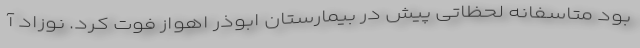
بود متاسفانه لحظاتی پیش در بیمارستان ابوذر اهواز فوت کرد. نوزاد آ